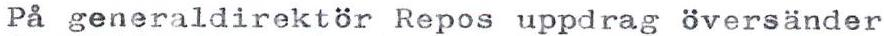
På generaldirektör Repos uppdrag översänder